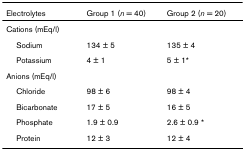
<table><thead><tr><td><b>Electrolytes</b></td><td><b>Group 1 (<i>n </i>= 40)</b></td><td><b>Group 2 (<i>n </i>= 20)</b></td></tr></thead><tbody><tr><td colspan="3">Cations (mEq/l)</td></tr><tr><td> Sodium</td><td>134 ± 5</td><td>135 ± 4</td></tr><tr><td> Potassium</td><td>4 ± 1</td><td>5 ± 1*</td></tr><tr><td colspan="3">Anions (mEq/l)</td></tr><tr><td> Chloride</td><td>98 ± 6</td><td>98 ± 4</td></tr><tr><td> Bicarbonate</td><td>17 ± 5</td><td>16 ± 5</td></tr><tr><td> Phosphate</td><td>1.9 ± 0.9</td><td>2.6 ± 0.9 *</td></tr><tr><td> Protein</td><td>12 ± 3</td><td>12 ± 4</td></tr></tbody></table>